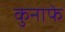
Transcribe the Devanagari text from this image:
कुनाफे